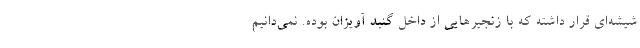
شيشه‌ای قرار داشته که با زنجيرهايی از داخل گنبد آویزان بوده. نمی‌دانیم